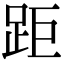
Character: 距